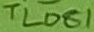
Text: TL081